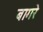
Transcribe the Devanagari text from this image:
बागरे